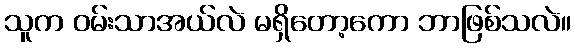
သူက ဝမ်းသာအယ်လဲ မရှိတော့ကော ဘာဖြစ်သလဲ။